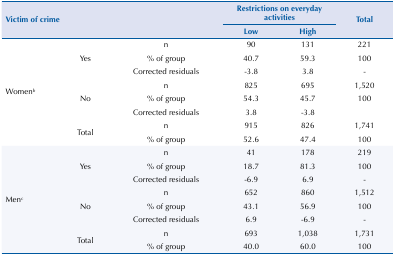
<table><thead><tr><td rowspan="3" colspan="3"><b>Victim of crime</b></td><td colspan="2"><b>Restrictions on everyday activities</b></td><td rowspan="3"><b>Total</b></td></tr><tr><td><b>Low</b></td><td><b>High</b></td></tr></thead><tbody><tr><td rowspan="8">Women<sup>b</sup></td><td rowspan="3">Yes</td><td>n</td><td>90</td><td>131</td><td>221</td></tr><tr><td>% of group</td><td>40.7</td><td>59.3</td><td>100</td></tr><tr><td>Corrected residuals</td><td>-3.8</td><td>3.8</td><td>-</td></tr><tr><td rowspan="3">No</td><td>n</td><td>825</td><td>695</td><td>1,520</td></tr><tr><td>% of group</td><td>54.3</td><td>45.7</td><td>100</td></tr><tr><td>Corrected residuals</td><td>3.8</td><td>-3.8</td><td> </td></tr><tr><td rowspan="2">Total</td><td>n</td><td>915</td><td>826</td><td>1,741</td></tr><tr><td>% of group</td><td>52.6</td><td>47.4</td><td>100</td></tr><tr><td rowspan="8">Men<sup>c</sup></td><td rowspan="3">Yes</td><td>n</td><td>41</td><td>178</td><td>219</td></tr><tr><td>% of group</td><td>18.7</td><td>81.3</td><td>100</td></tr><tr><td>Corrected residuals</td><td>-6.9</td><td>6.9</td><td>-</td></tr><tr><td rowspan="3">No</td><td>n</td><td>652</td><td>860</td><td>1,512</td></tr><tr><td>% of group</td><td>43.1</td><td>56.9</td><td>100</td></tr><tr><td>Corrected residuals</td><td>6.9</td><td>-6.9</td><td>-</td></tr><tr><td rowspan="2">Total</td><td>n</td><td>693</td><td>1,038</td><td>1,731</td></tr><tr><td>% of group</td><td>40.0</td><td>60.0</td><td>100</td></tr></tbody></table>